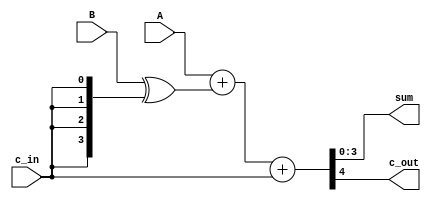
module twos_adder(A, B, c_in, sum, c_out);
	parameter N=4;
  input    [N-1:0] A, B;
	input    c_in;
	output   [N-1:0] sum;
	output   c_out;
	wire     [N-1:0] t;

  assign t = B ^ {N{c_in}};            // c_in 0 Add, 1 Sub
  assign {c_out, sum} = A + t + c_in;  // c_out 0  (), 1  () >> 1, 0  Overflow
endmodule